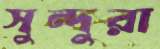
সুন্দুরা